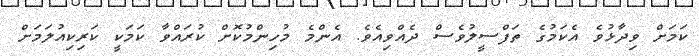
ކަމަށް ވިދާޅުވެ އެކަމުގެ ތަފްސީލުވެސް ދެއްވިއެވެ. އެންމެ މުހިންމުކޮށް ކުރައްވާ ކަމަކީ ކަރިކިއުލަމަށް